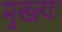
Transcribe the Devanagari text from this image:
मुख्त्यः